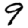
Digit: 9